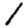
Digit: 1